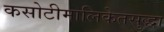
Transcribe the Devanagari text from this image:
कसोटीमालिकेतसुद्धा